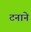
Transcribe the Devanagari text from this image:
टनाने